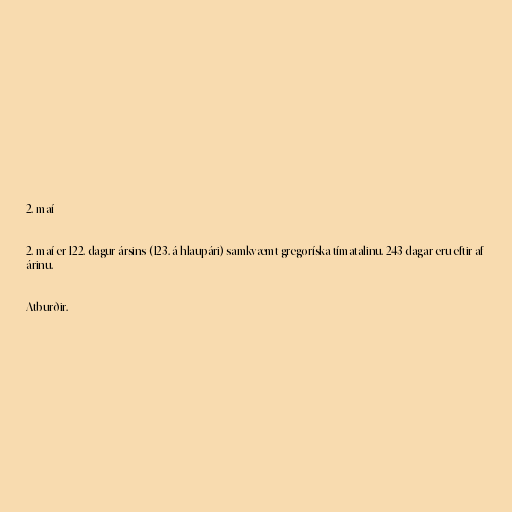
2. maí

2. maí er 122. dagur ársins (123. á hlaupári) samkvæmt gregoríska tímatalinu. 243 dagar eru eftir af
árinu.

Atburðir.